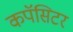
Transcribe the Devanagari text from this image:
कपॅसिटर